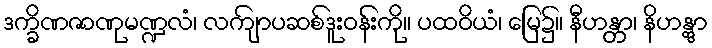
ဒက္ခိဏဇာဏုမဏ္ဍလံ၊ လကျ်ာပဆစ်ဒူးဝန်းကို။ ပထဝိယံ၊ မြေ၌။ နီဟန္တာ၊ နိဟန္တွာ